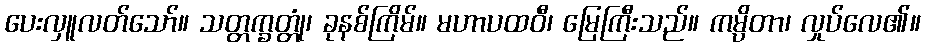
ပေးလှူလတ်သော်။ သတ္တက္ခတ္တုံ၊ ခုနစ်ကြိမ်။ မဟာပထဝီ၊ မြေကြီးသည်။ ကမ္ပိတာ၊ လှုပ်လေ၏။